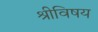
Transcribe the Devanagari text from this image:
श्रीविषय